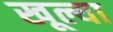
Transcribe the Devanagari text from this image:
खूल्या